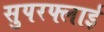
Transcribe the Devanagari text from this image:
सुपरफ्लाई